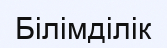
Білімділік